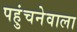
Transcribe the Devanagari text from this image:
पहुंचनेवाला